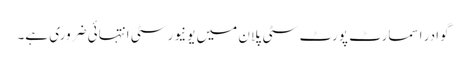
گوادر اسمارٹ پورٹ سٹی پلان میں یونیورسٹی انتہائی ضروری ہے۔